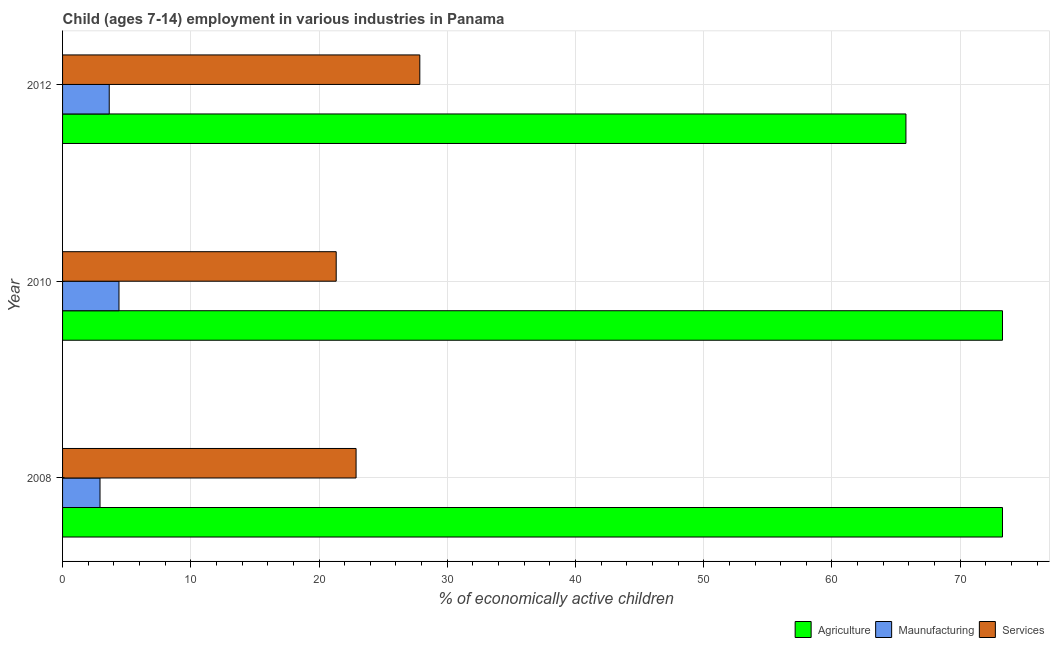
| Year | Agriculture | Maunufacturing | Services |
 | --- | --- | --- | --- |
 | 2008 | 73.3 | 2.92 | 22.9 |
 | 2010 | 73.3 | 4.4 | 21.3 |
 | 2012 | 65.8 | 3.64 | 27.9 |